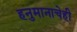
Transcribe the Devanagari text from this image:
हनुमानाचेही